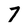
Character: 7